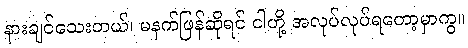
နားချင်သေးတယ်၊ မနက်ဖြန်ဆိုရင် ငါတို့ အလုပ်လုပ်ရတော့မှာကွ။